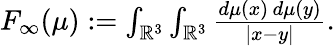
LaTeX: \begin{array}{r}{F_{\infty}(\mu):=\int_{\mathbb{R}^{3}}\int_{\mathbb{R}^{3}}{\frac{d\mu(x)\, d\mu(y)}{|x-y|}}.}\end{array}